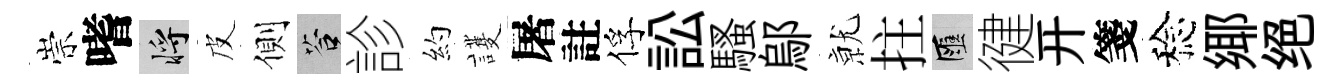
崇嗜將皮側答診約護屠註俘訟騷鄔𭕒拄匯徤开箋稔鄊绝